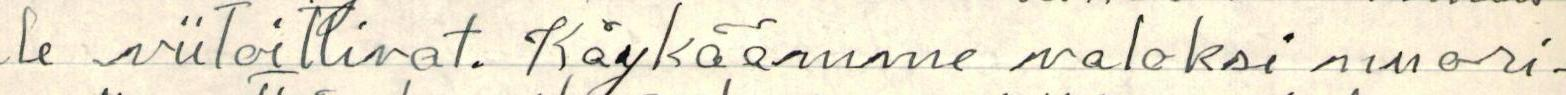
le viitoittivat. Käykäämme valoksi nuori-